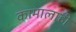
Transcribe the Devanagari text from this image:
कामालाही